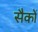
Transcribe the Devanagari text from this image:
सैकों